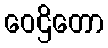
ဝေဌိတော